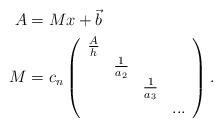
LaTeX: \begin{align*}A & =Mx+\vec{b}\\M & =c_{n}\left(\begin{array}[c]{cccc}\frac{A}{h} & & & \\& \frac{1}{a_{2}} & & \\& & \frac{1}{a_{3}} & \\& & & ...\end{array}\right) .\end{align*}